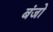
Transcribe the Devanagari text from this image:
बंजो